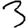
Digit: 3